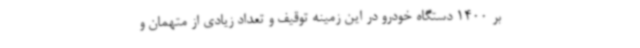
بر 1400 دستگاه خودرو در این زمینه توقیف و تعداد زیادی از متهمان و